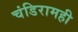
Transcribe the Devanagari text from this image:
चंडिरामही